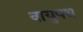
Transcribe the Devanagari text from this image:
वायुपथ